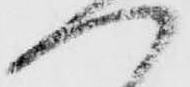
へ